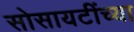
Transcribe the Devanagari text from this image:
सोसायटींच्या